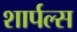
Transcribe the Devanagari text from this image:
शार्पल्स